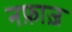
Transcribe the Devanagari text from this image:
नफ़ाज़